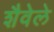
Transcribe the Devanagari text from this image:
शैवेले